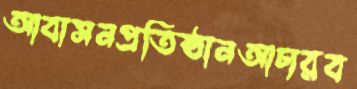
আবাসনপ্রতিষ্ঠানআচারব